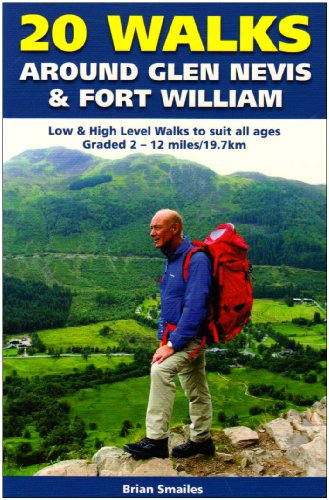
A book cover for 20 Walks Around Glen Nevis and Fort William; Brian Gordon Smailes; Travel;